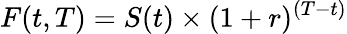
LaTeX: F(t,T)=S(t)\times(1+r)^{(T-t)}